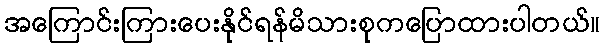
အကြောင်းကြားပေးနိုင်ရန်မိသားစုကပြောထားပါတယ်။